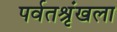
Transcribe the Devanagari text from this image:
पर्वतश्रृंखला